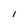
Character: I